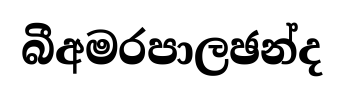
බීඅමරපාලඡන්ද